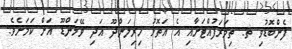
ފެންބޮޑުވި ތ. ތިމަރަފުއްޓަށާއި އެ އަތޮޅު ހިރިލަންދޫ އަދި ވޭމަންޑޫ އަށް ކަމަށެވެ.